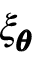
\xi _ { \pmb { \theta } }